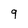
Character: 9